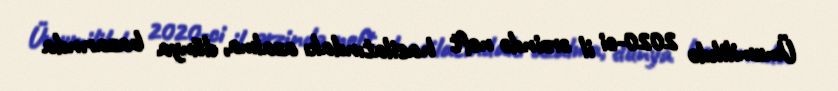
Ümumilikdə 2020-ci il ərzində neft hasilatındakı azalma, dünya bazarında